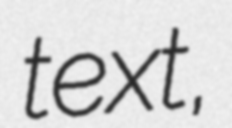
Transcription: text,